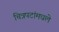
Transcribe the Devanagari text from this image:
चित्रपटांमधले